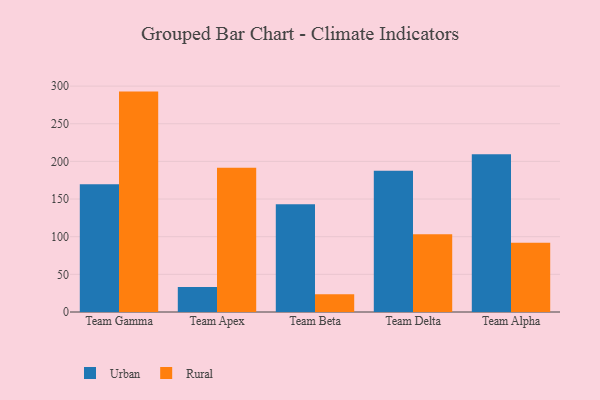
{"axis": {"x": "Team", "y": "Market Share (%)"}, "legend": ["Rural", "Urban"], "data": [{"x": "Team Gamma", "y": 169.5, "type": "Urban"}, {"x": "Team Gamma", "y": 292.7, "type": "Rural"}, {"x": "Team Apex", "y": 33.1, "type": "Urban"}, {"x": "Team Apex", "y": 191.7, "type": "Rural"}, {"x": "Team Beta", "y": 143.2, "type": "Urban"}, {"x": "Team Beta", "y": 23.6, "type": "Rural"}, {"x": "Team Delta", "y": 187.6, "type": "Urban"}, {"x": "Team Delta", "y": 103.1, "type": "Rural"}, {"x": "Team Alpha", "y": 209.4, "type": "Urban"}, {"x": "Team Alpha", "y": 92.0, "type": "Rural"}]}